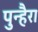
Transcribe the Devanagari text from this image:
पुन्हैरा